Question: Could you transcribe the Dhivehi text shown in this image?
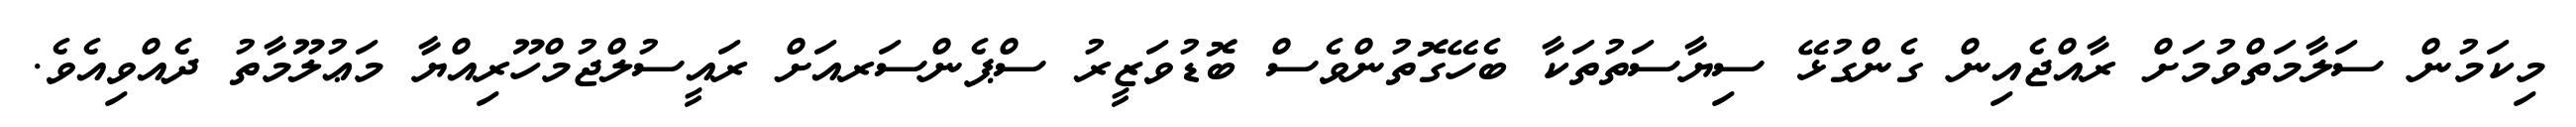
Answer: މިކަމުން ސަލާމަތްވުމަށް ރާއްޖެއިން ގެންގުޅޭ ސިޔާސަތުތަކާ ބެހޭގޮތުންވެސް ބޮޑުވަޒީރު ސްޕެންސަރއަށް ރައީސުލްޖުމްހޫރިއްޔާ މަޢުލޫމާތު ދެއްވިއެވެ.